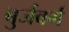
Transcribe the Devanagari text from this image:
बुर्जबर्ग